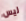
ليس